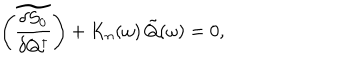
\left( \widetilde { \frac { \delta S _ { 0 } } { \delta Q ^ { \dagger } } } \right) + K _ { n } ( \omega ) \, \tilde { Q } ( \omega ) = 0 ,